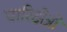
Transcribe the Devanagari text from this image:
पारिक्षेत्रों